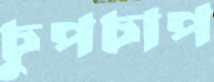
চুপচাপ